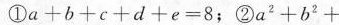
①$$a + b + c + d + e = 8$$；②$$a ^ { 2 } + b ^ { 2 } +